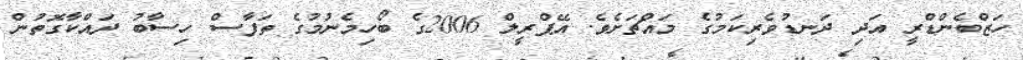
ހަޒްބެންޑްރީ އަދި ދަނޑުވެރިކަމުގެ މައްޗަށެވެ. އޭޕްރީލް 2006ގެ ބޯހިމެނުމުގެ ތަފާސް ހިސާބު ދައްކާގޮތުން